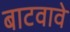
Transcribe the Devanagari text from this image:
बाटवावे